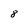
Character: 8